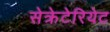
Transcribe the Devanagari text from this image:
सेक्रेटेरियेट